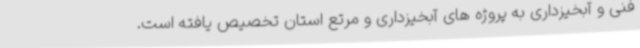
فنی و آبخیزداری به پروژه های آبخیزداری و مرتع استان تخصیص یافته است.